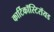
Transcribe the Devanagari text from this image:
कार्टिकॉस्टिरॉयड